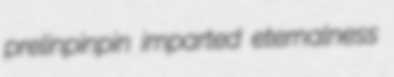
prelinpinpin imparted eternalness